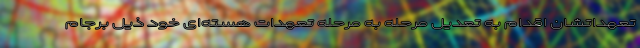
تعهداتشان اقدام به تعدیل مرحله به مرحله تعهدات هسته‌ای خود ذیل برجام